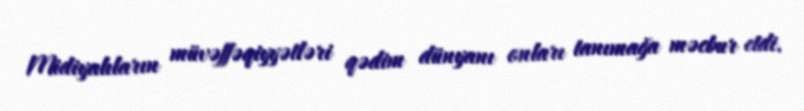
Midiyalıların müvəffəqiyyətləri qədim dünyanı onları tanımağa məcbur etdi.